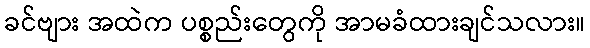
ခင်ဗျား အထဲက ပစ္စည်းတွေကို အာမခံထားချင်သလား။